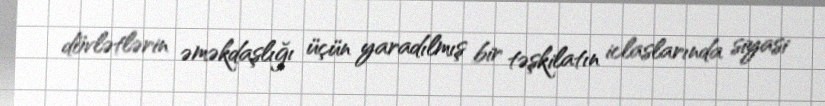
dövlətlərin əməkdaşlığı üçün yaradılmış bir təşkilatın iclaslarında siyasi